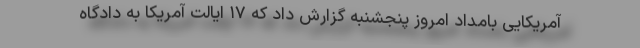
آمریکایی بامداد امروز پنجشنبه گزارش داد که ۱۷ ایالت آمریکا به دادگاه